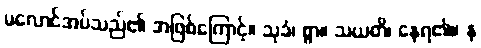
မလောင်အပ်သည်၏ အဖြစ်ကြောင့်။ သုခံ၊ စွာ။ သယတိ၊ နေရ၏။ န